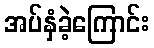
အပ်နှံခဲ့ကြောင်း